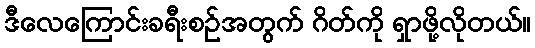
ဒီလေကြောင်းခရီးစဉ်အတွက် ဂိတ်ကို ရှာဖို့လိုတယ်။